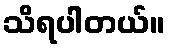
သိရပါတယ်။